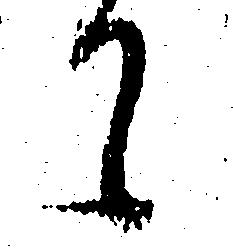
て